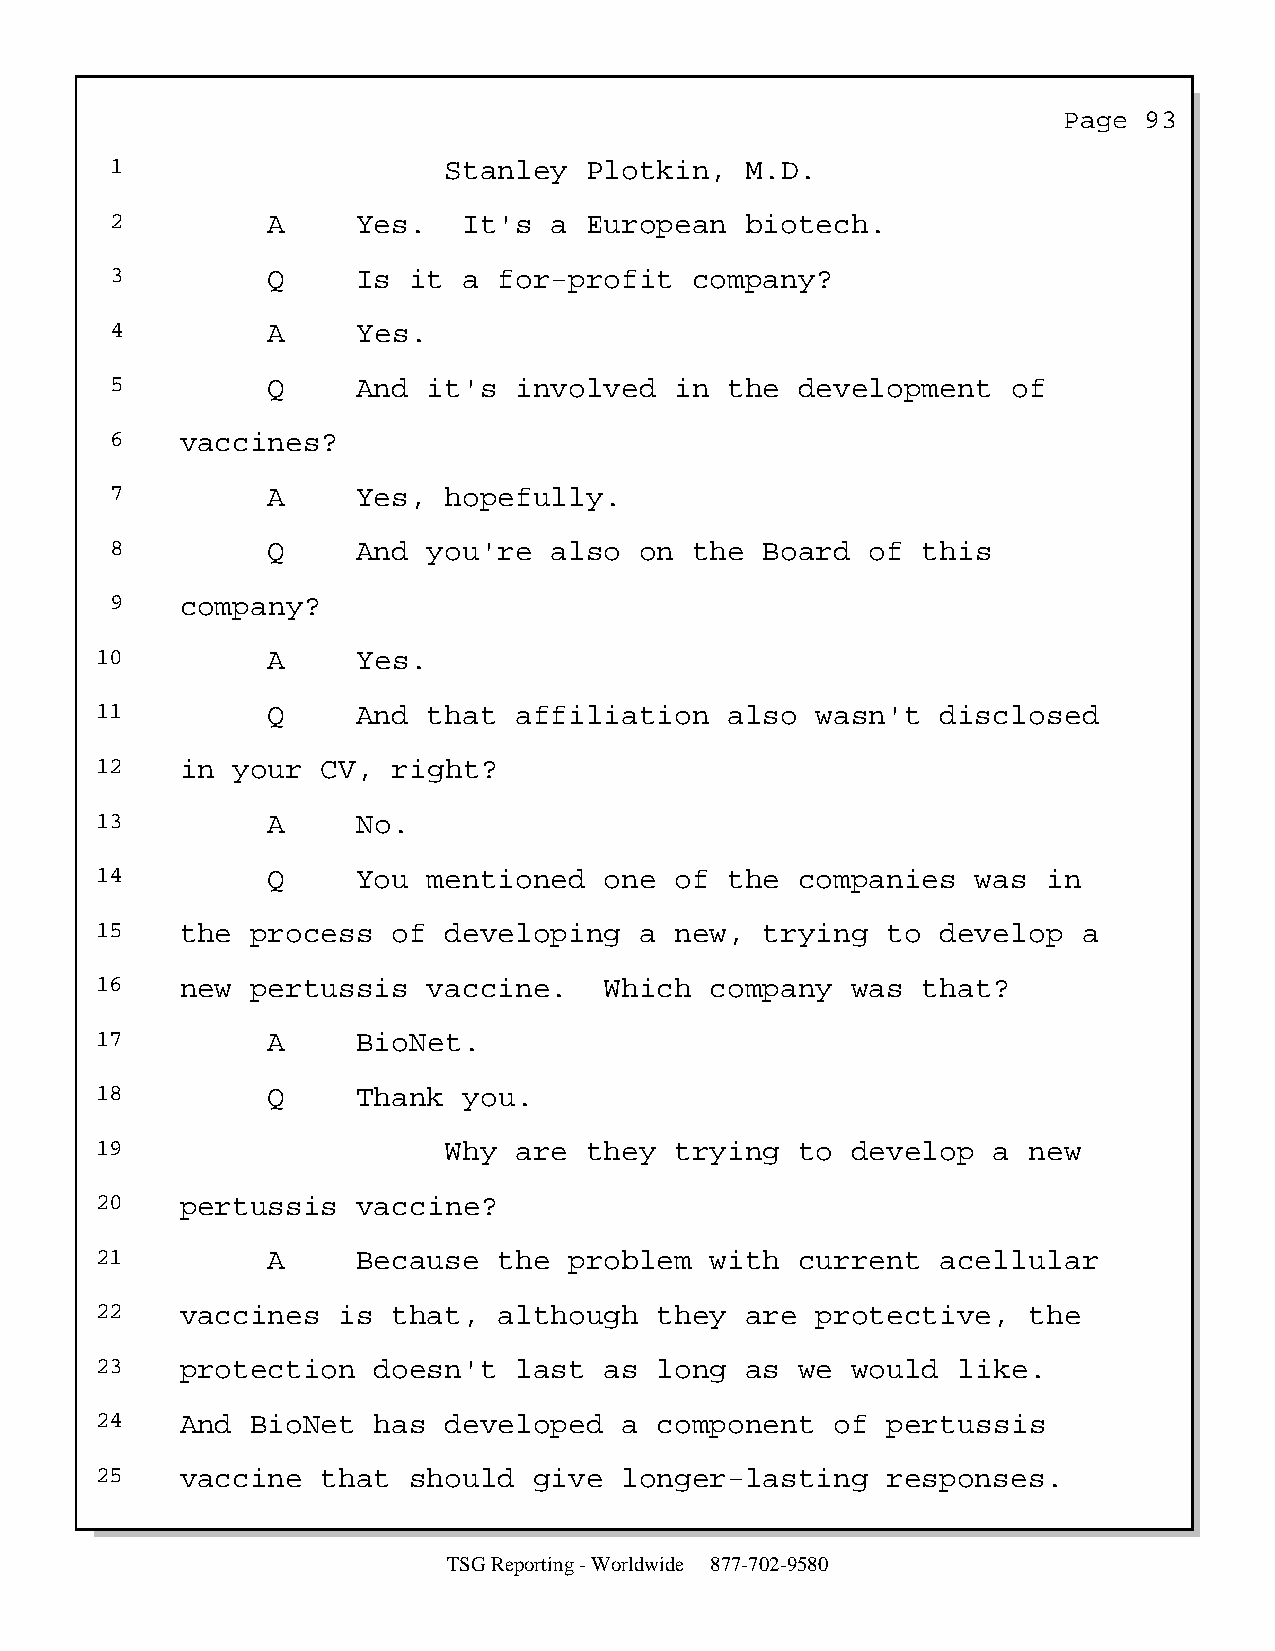
Page  93
 1                     Stanley   Plotkin,  M.D.
 2          A     Yes.   It's a  European  biotech.
 3          Q     Is it  a for-profit   company?
 4          A     Yes.
 5          Q     And it's  involved   in the  development   of
 6    vaccines?
 7          A     Yes, hopefully.
 8          Q     And you're  also  on  the  Board  of this
 9    company?
 10          A     Yes.
 11          Q     And that  affiliation   also  wasn't  disclosed
 12    in your  CV,  right?
 13          A     No.
 14          Q     You mentioned   one  of the  companies   was in
 15    the  process  of developing   a  new,  trying  to develop   a
 16    new  pertussis  vaccine.    Which  company  was  that?
 17          A     BioNet.
 18          Q     Thank  you.
 19                     Why  are  they  trying  to develop   a new
 20    pertussis   vaccine?
 21          A     Because  the  problem  with  current  acellular
 22    vaccines  is  that,  although   they are  protective,   the
 23    protection   doesn't  last  as  long as  we would  like.
 24    And  BioNet  has developed   a  component  of  pertussis
 25    vaccine  that  should  give  longer-lasting    responses.
 TSG Reporting - Worldwide 877-702-9580